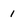
Character: 1